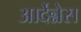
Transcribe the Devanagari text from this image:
आर्देन्नेस